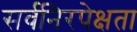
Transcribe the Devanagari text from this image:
सर्वनिरपेक्षता